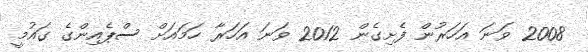
2008 ވަނަ އަހަރުން ފެށިގެން 2012 ވަނަ އަހަރާ ހަމައަށް ސްޕެއިންގެ ގައުމީ